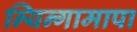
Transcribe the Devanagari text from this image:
न्यिन्गामापा